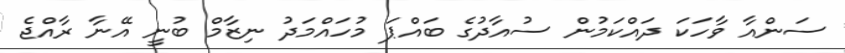
ސަންއާ ވާހަކަ ދައްކަމުން ސުއާދުގެ ބައްޕަ މުހައްމަދު ނިޒާމް ބުނީ އޭނާ ރާއްޖެ